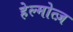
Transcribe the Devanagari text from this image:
हेल्मोत्ज़